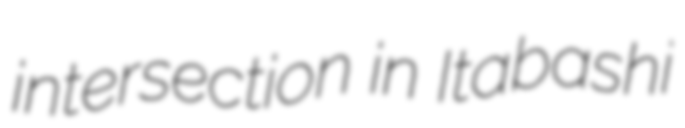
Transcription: intersection in Itabashi